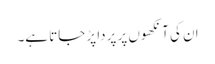
ان کی آنکھوں پر پردا پڑ جاتا ہے۔